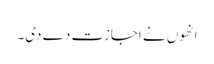
انھوں نے اجازت دے دی۔